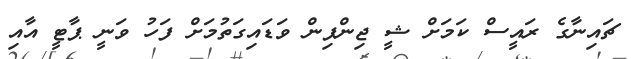
ޗައިނާގެ ރައީސް ކަމަށް ޝީ ޖިންޕިން ވަޑައިގަތުމަށް ފަހު ވަނީ ޕާޓީ އާއި